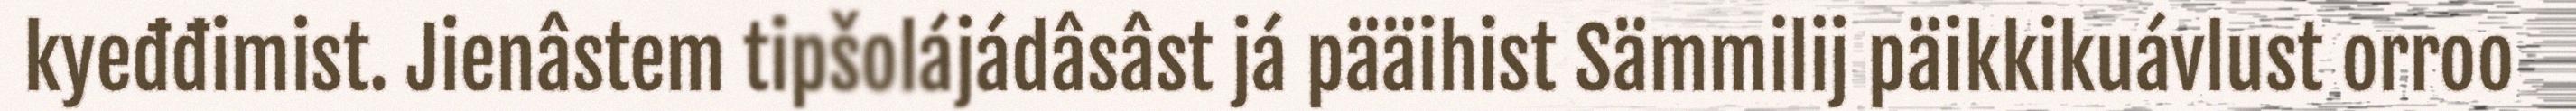
kyeđđimist. Jienâstem tipšolájádâsâst já pääihist Sämmilij päikkikuávlust orroo